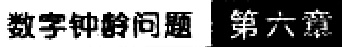
数字钟龄问题 第六章